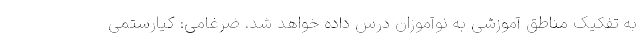
به تفکیک مناطق آموزشی به نوآموزان درس داده خواهد شد. ضرغامی: کیارستمی